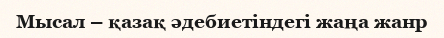
Мысал – қазақ әдебиетіндегі жаңа жанр